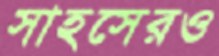
সাহসেরও